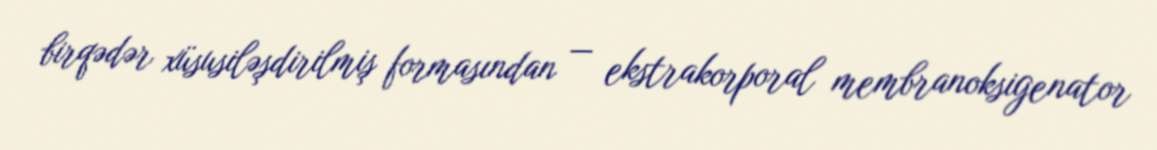
birqədər xüsusiləşdirilmiş formasından — ekstrakorporal membranoksigenator